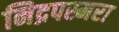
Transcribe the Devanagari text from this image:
निद्रपस्मरा